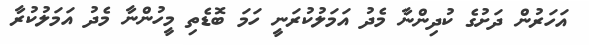
އަހަރުން ދަށުގެ ކުދިންނާ މެދު އަމަލުކުރަނީ ހަމަ ބޮޑެތި މީހުންނާ މެދު އަމަލުކުރާ